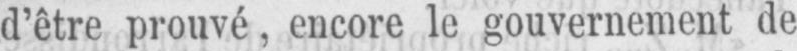
d’être prouvé, encore le gouvernement de